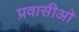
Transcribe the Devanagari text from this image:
प्रवासीओ